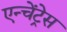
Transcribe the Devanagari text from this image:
एन्चेंट्रेस